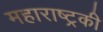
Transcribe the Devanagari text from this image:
महाराष्ट्रकी